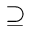
\supseteq